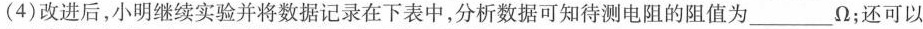
(4)改进后，小明继续实验并将数据记录在下表中，分析数据可知待测电阻的阻值为_____\Omega ；还可以